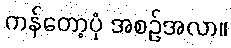
ကန်တော့ပုံ အစဉ်အလာ။